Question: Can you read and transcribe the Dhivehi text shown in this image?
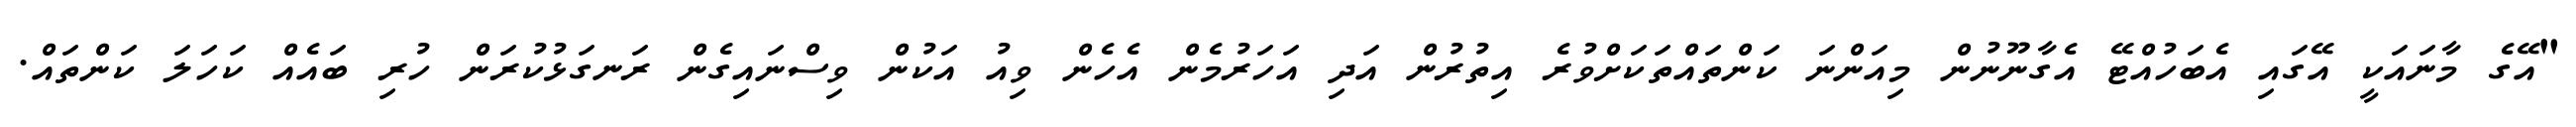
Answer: "އޭގެ މާނައަކީ އޭގައި އެބަހުއްޓޭ އެގާނޫނުން މިއަންނަ ކަންތައްތަކަށްވުރެ އިތުރުން އަދި އަހަރުމެން އެހެން ވިއު އަކުން ވިސްނައިގެން ރަނގަޅުކުރަން ހުރި ބައެއް ކަހަލަ ކަންތައް.